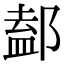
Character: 𨜴